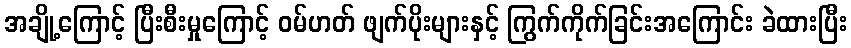
အချို့ကြောင့် ပြီးစီးမှုကြောင့် ဝမ်ဟတ် ဖျက်ပိုးများနှင့် ကြွက်ကိုက်ခြင်းအကြောင်း ခဲထားပြီး